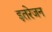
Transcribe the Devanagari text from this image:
इतरेजन